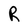
Character: R